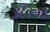
કજિયા